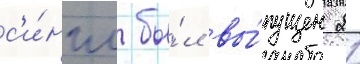
с'и́нгл бы́л вы́пущен 21